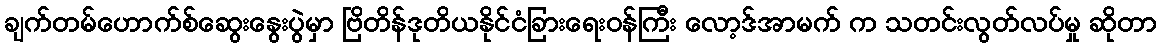
ချက်တမ်ဟောက်စ်ဆွေးနွေးပွဲမှာ ဗြိတိန်ဒုတိယနိုင်ငံခြားရေးဝန်ကြီး လော့ဒ်အာမက် က သတင်းလွတ်လပ်မှု ဆိုတာ